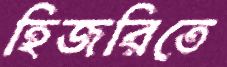
হিজরিতে